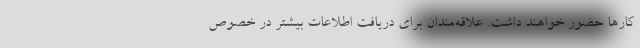
کارها حضور خواهند داشت. علاقه‌مندان برای دریافت اطلاعات بیشتر در خصوص